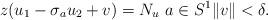
LaTeX: \begin{align*}z(u_1-\sigma_a u_2+v)=N_u\,\, a\in S^1 \|v\|<\delta.\end{align*}